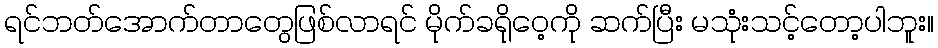
ရင်ဘတ်အောက်တာတွေဖြစ်လာရင် မိုက်ခရိုဝေ့ကို ဆက်ပြီး မသုံးသင့်တော့ပါဘူး။